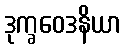
ဒုက္ခဝေဒနိယာ